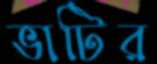
ভাটির